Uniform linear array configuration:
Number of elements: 4
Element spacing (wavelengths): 1
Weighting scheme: kaiser
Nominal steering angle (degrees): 15
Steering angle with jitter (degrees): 15.228
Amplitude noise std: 0.05
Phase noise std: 0.05

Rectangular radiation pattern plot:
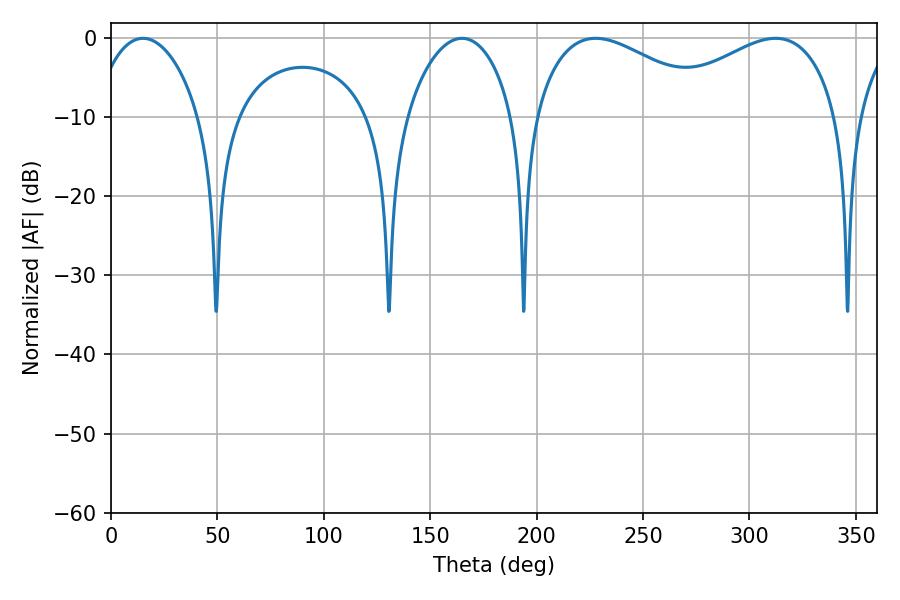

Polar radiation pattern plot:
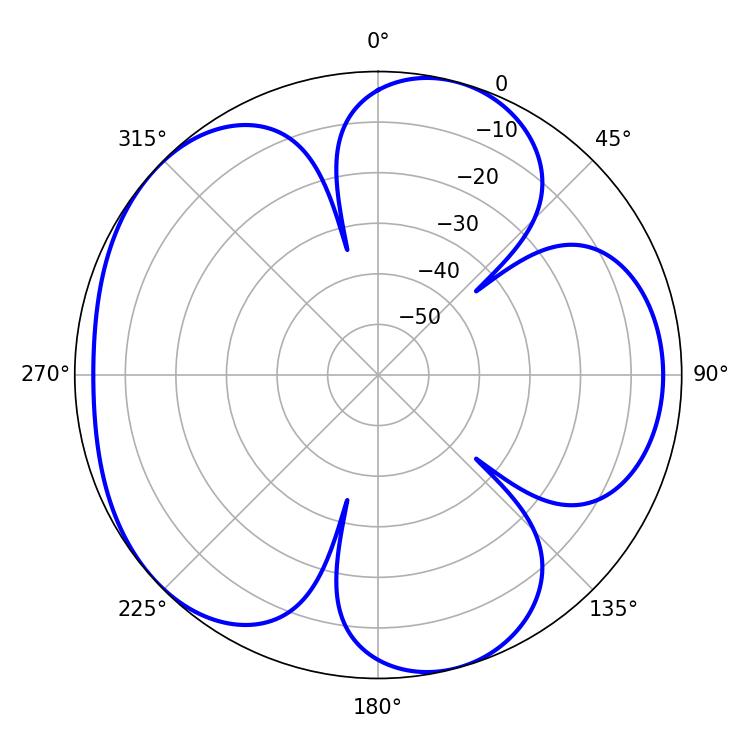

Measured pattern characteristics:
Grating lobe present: TRUE
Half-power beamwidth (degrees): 47.52
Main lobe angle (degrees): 227.7